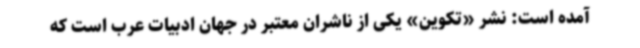
آمده است: نشر «تکوین» یکی از ناشران معتبر در جهان ادبیات عرب است که